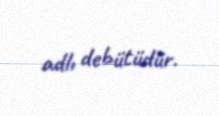
adlı debütüdür.